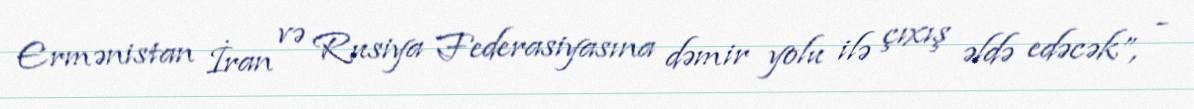
Ermənistan İran və Rusiya Federasiyasına dəmir yolu ilə çıxış əldə edəcək”, -